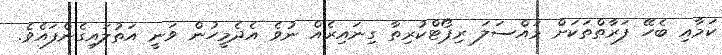
ކަމާއި ބެހޭ ފަރާތްތަކަށް މައްސަލަ ރިޕޯޓްކުރިތާ ގިނައިރެއް ނުވެ އެދެމީހުން ވަނީ އަތުލައިގެންފައެވެ.